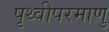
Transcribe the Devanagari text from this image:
पृथ्वीपरमाणु